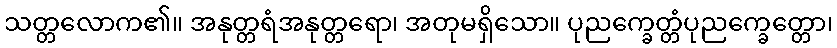
သတ္တလောက၏။ အနုတ္တရံအနုတ္တရော၊ အတုမရှိသော။ ပုညက္ခေတ္တံပုညက္ခေတ္တော၊